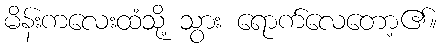
မိန်းကလေးထံသို့ သွား ရောက်လေတော့၏။